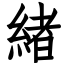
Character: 緖